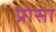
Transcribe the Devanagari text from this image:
प्रोसा